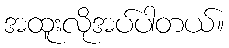
အထူးလိုအပ်ပါတယ်။